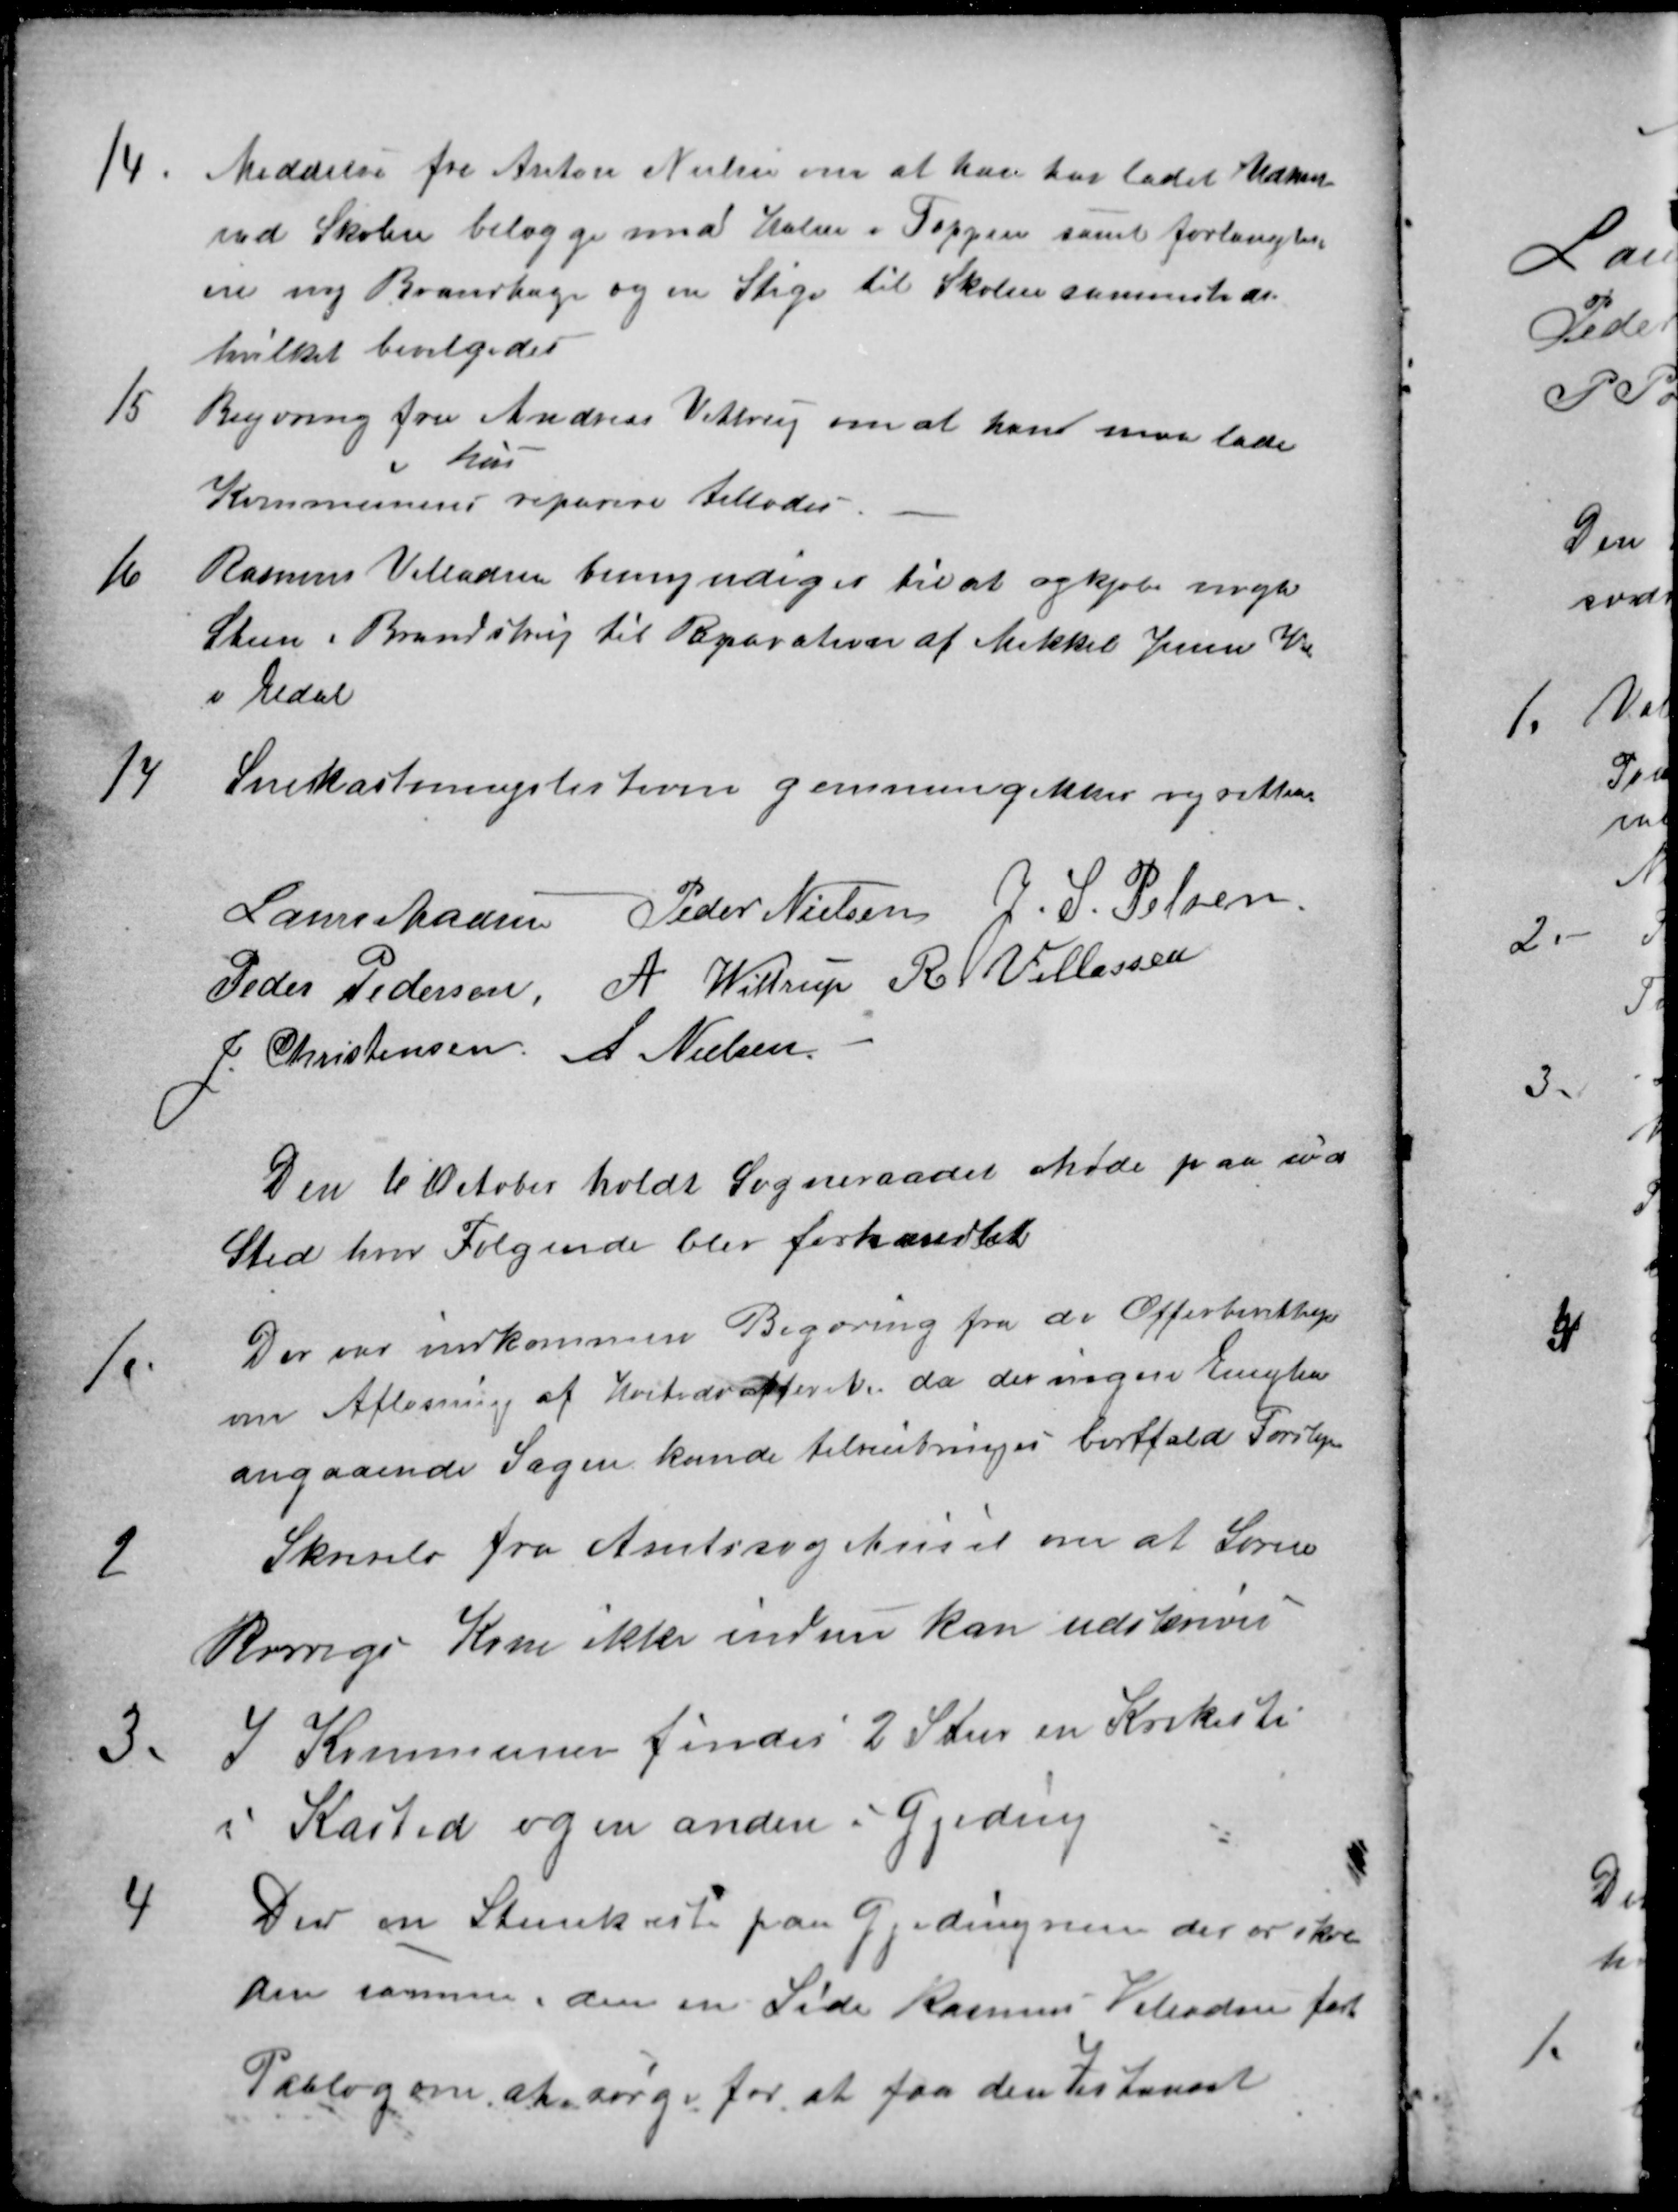
Transskription:
14.
Meddelse fra Anton Nielsen om at han har ladet Udhus
ved Skolen belægge med Halm i Toppen samt forlangtes
en ny Brandhage og en Stige til Skolen sammesteds
hvilket bevilgedes
15
Begæring fra Andreas Vittrup om at han maa lade
Kommunens 
hus
reparere tillodes
16
Rasmus Villadsen bemyndiges til at opkjøbe nogle
Steen i Brendstrup til Reparation af Mikkel Jensen Vei
i Eldal
14
Snekastningslisterne gennemgikkes og rettedes
Laurs Madsen
Peder Nielsen
J. S. Pelsen
Peder Pedersen,
A. Wittrup
R Villassen
J. Christensen
A. Nielsen
Den 6 October holdt Sogneraadet Møde paa sædv
Sted hvor Følgende blev forhandlet
1.
Der var indkommen Begæring fra de Offerberettigede
om Afløsning af Høitidsofferet da der ingen Enighed
angaaende Sagen kunde tilveiebringes bortfald Forslag
2
Skrivelse fra Amtssygehuset om at Søren
Rørvigs Kone ikke indnu kan udskrives
3.
I Kommunen findes 2 Stier en Kirkesti
i Kasted og en anden i Gjeding
4
Der en Stenkiste paa Gjedingveien der er skre-
den sammen i den en Side Rasmus Villadsen faaet
Paalæg om, at sørge for at faa den Istandsat